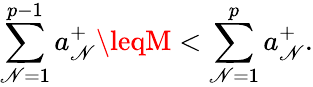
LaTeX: \sum_{\mathscr{N}=1}^{p-1}a_{\mathscr{N}}^{+}\leqM<\sum_{\mathscr{N}=1}^{p}a_{\mathscr{N}}^{+}.